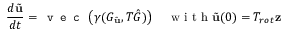
\frac { d \tilde { \mathbf { u } } } { d t } = \texttt { v e c } \left( \gamma ( G _ { \tilde { \mathbf { u } } } , T \hat { G } ) \right) \quad \mathrm { ~ w ~ i ~ t ~ h ~ } \tilde { \mathbf { u } } ( 0 ) = T _ { r o t } \mathbf { z }